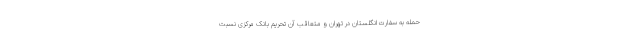
حمله به سفارت انگلستان در تهران و متعاقب آن تحریم بانک مرکزی نسبت